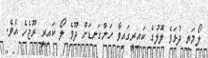
ލޯމަތި ދުޅަވެ ލޮލުގެ ކައިރީގައިވާ ހަންގަނޑަށް ދޫވެ ލޯ ކައިރީ ރޫޖެހެ އެވެ.